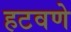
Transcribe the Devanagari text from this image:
हटवणे